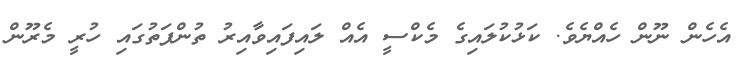
އެހެން ނޫން ހެއްޔެވެ. ކަޅުކުލައިގެ މެކްސީ އެއް ލައިފައިވާއިރު ތުންފަތުގައި ހުރީ މެރޫން